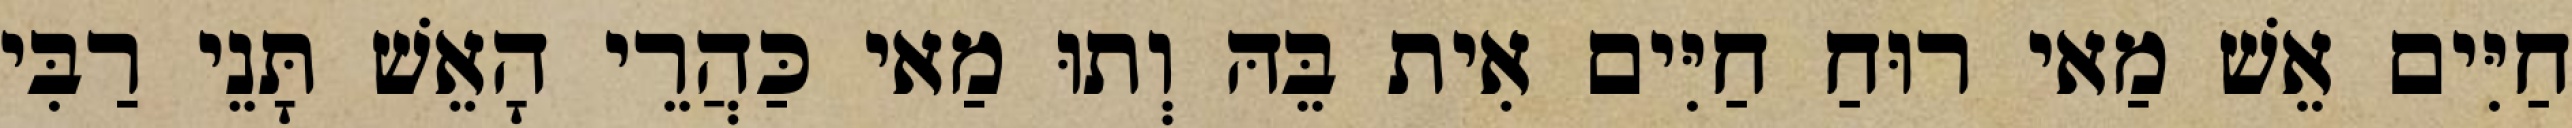
חַיִּים אֵשׁ מַאי רוּחַ חַיִּים אִית בֵּהּ וְתוּ מַאי כַּהֲרֵי הָאֵשׁ תָּנֵי רַבִּי